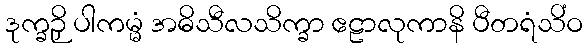
ဒုက္ခဉှိ ပါကမ္မံ အဓိသီလသိက္ခာ ဧဠာလုကာနိ ပီတရံသိံဝ